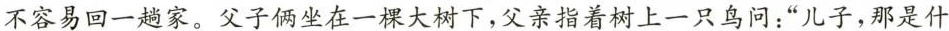
不容易回一趟家。父子俩坐在一棵大树下，父亲指着树上一只鸟问：”儿子，那是什